Suggestions for procedure with regard to school attendance under the Education (Scotland) Act, 1936, sections 1 to 3 and 5, 1936
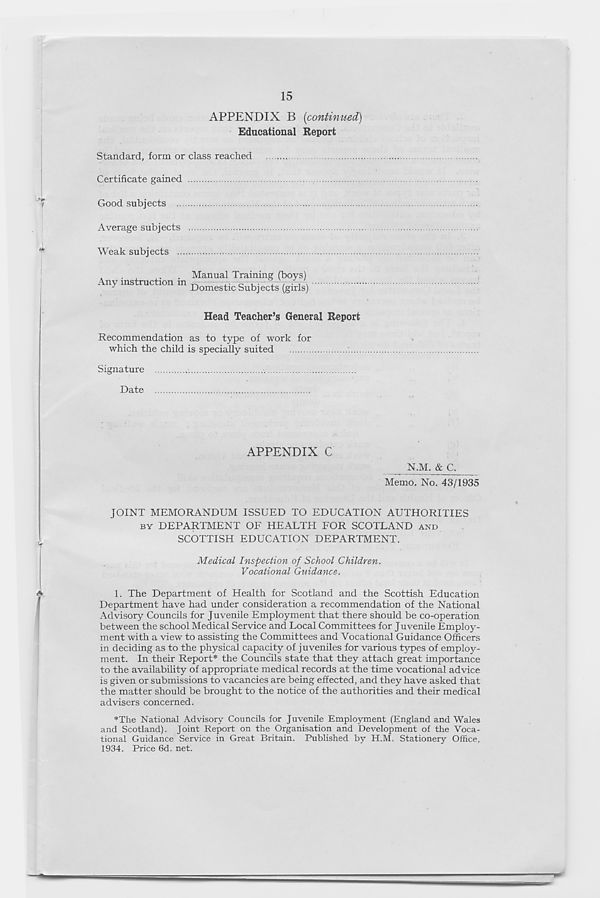
15
APPENDIX B {continued)
Educational Report
Standard, form or class reached
Certificate gained
Good subjects
Average subjects
Weak subjects
Any instruction in
Manual Training (boys)
Domestic Subjects (girls)
Head Teacher’s General Report
Recommendation as to type of work for
which the child is specially suited
Signature
Date
f
APPENDIX C
N.M. & C.
Memo. No. 43/1935
JOINT MEMORANDUM ISSUED TO EDUCATION AUTHORITIES
BY DEPARTMENT OF HEALTH FOR SCOTLAND AND
SCOTTISH EDUCATION DEPARTMENT.
Medical Inspection of School Children.
Vocational Guidance.
1. The Department of Health for Scotland and the Scottish Education
Department have had under consideration a recommendation of the National
Advisory Councils for Juvenile Employment that there should be co-operation
between the school Medical Service and Local Committees for J uvenile Employ-
ment with a view to assisting the Committees and Vocational Guidance Officers
in deciding as to the physical capacity of juveniles for various types of employ-
ment. In their Report* the Councils state that they attach great importance
to the availability of appropriate medical records at the time vocational advice
is given or submissions to vacancies are being effected, and they have asked that
the matter should be brought to the notice of the authorities and their medical
advisers concerned.
*The National Advisory Councils for Juvenile Employment (England and Wales
and Scotland). Joint Report on the Organisation and Development of the Voca-
tional Guidance Service in Great Britain. Published by H.M. Stationery Office,
1934. Price 6d. net.